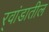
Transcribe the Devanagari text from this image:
र्‍वांडातील